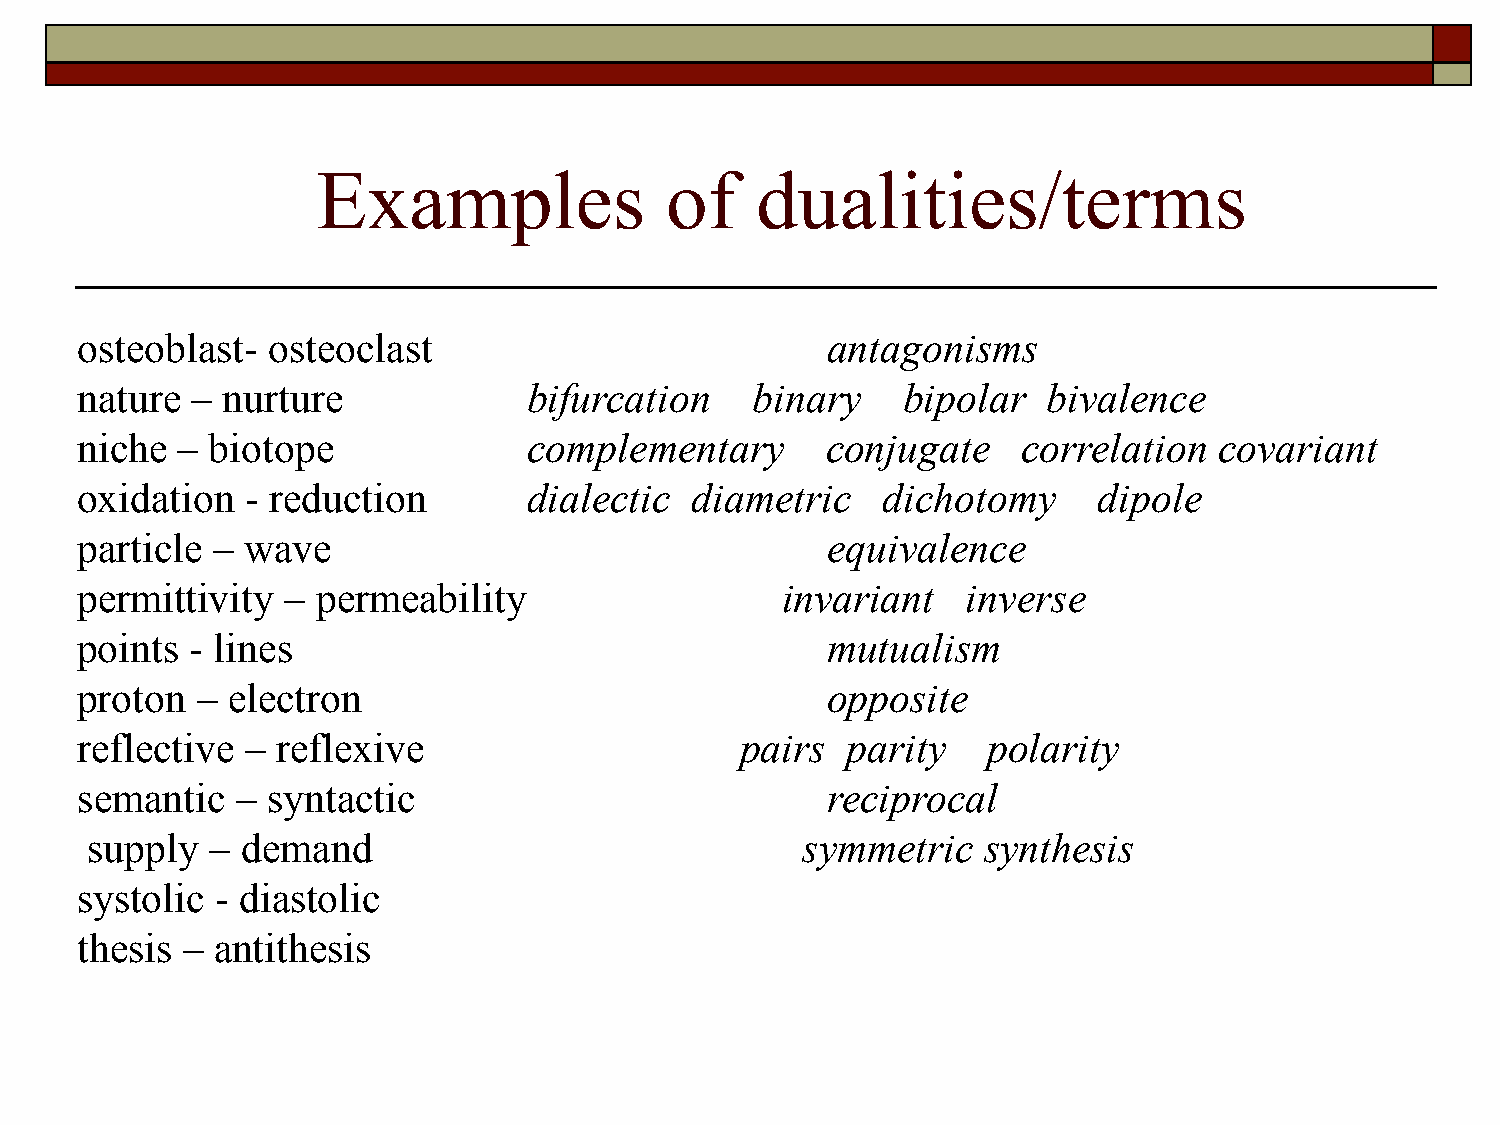
Examples               of    dualities/terms
 osteoblast-  osteoclast                           antagonisms
 nature  – nurture             bifurcation    binary    bipolar  bivalence
 niche  – biotope              complementary       conjugate    correlation  covariant
 oxidation  - reduction        dialectic  diametric   dichotomy      dipole
 particle – wave                                   equivalence
 permittivity  – permeability                   invariant   inverse
 points  - lines                                   mutualism
 proton  – electron                                opposite
 reflective – reflexive                      pairs  parity   polarity
 semantic   – syntactic                            reciprocal
 supply  – demand                               symmetric   synthesis
 systolic - diastolic
 thesis – antithesis